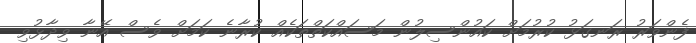
ފެންވަރު ރަނގަޅު ކުރުމަށް ކައުންސިލުން މަސައްކަތްތަކެއް ކުރާނެ ކަމަށް ވެސް އޭނާ ވިދާޅުވި